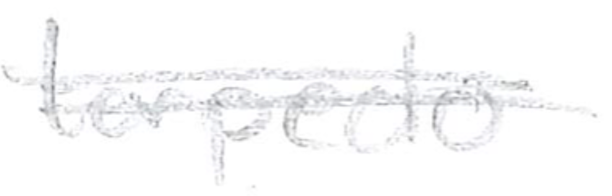
Text: torpedo
Cross-out: double-line
Writing tool: pencil